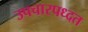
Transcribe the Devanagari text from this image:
उपचारपध्दत